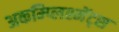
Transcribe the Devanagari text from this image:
अकम्प्लिश्मेंट्स